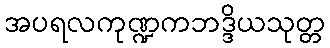
အပရလကုဏ္ဍကဘဒ္ဒိယသုတ္တ